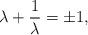
LaTeX: \begin{align*}\lambda+\frac{1}{\lambda}=\pm1,\end{align*}